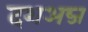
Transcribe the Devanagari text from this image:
दशअब्ज